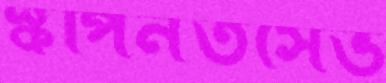
স্কপিনতসেভ